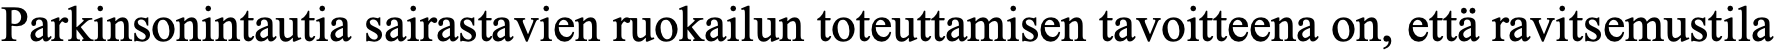
Parkinsonintautia sairastavien ruokailun toteuttamisen tavoitteena on, että ravitsemustila